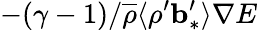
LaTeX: -(\gamma-1)/\overline{{\rho}}\langle{\rho^{\prime}{\mathbf{b}}_{\ast}^{\prime}}\rangle\nabla E